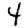
Digit: 4